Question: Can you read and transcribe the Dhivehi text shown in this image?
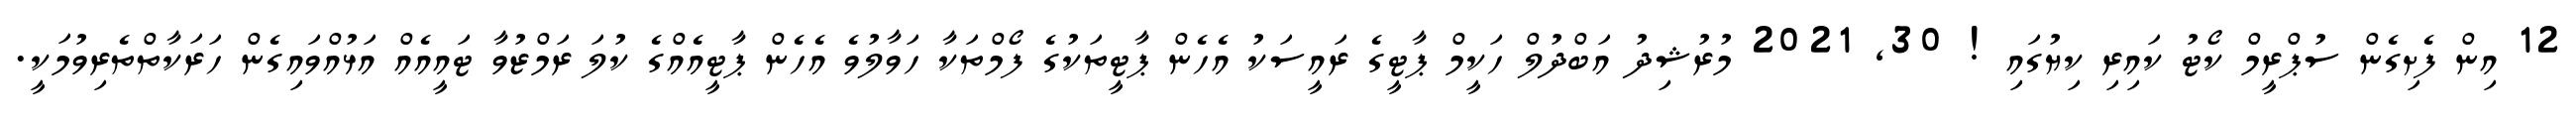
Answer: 12 އިން ފެށިގެން ސުޕްރީމް ކޯޓު ކައިރި ކިޔުގައި ! 30, 2021 މުރުޝިދު އަބްދުލް ހަކީމް ޕާޓީގެ ރައީސަކު އެހެން ޕާޓީތަކުގެ ފޯމްތަކާ ހަވާލުވެ އެހެން ޕާޓީއެއްގެ ކުލަ ރަމްޒުވާ ޓައީއެއް އަޅުއްވައިގެން ހަރަކާތްތެރިވުމަކީ.